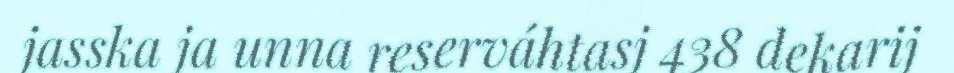
jasska ja unna reserváhtasj 438 dekarij